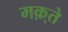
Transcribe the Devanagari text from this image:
मक़्ते